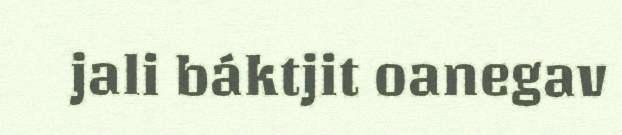
jali báktjit oanegav